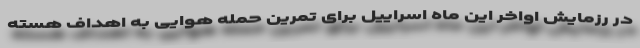
در رزمایش اواخر این ماه اسراییل برای تمرین حمله هوایی به اهداف هسته